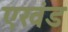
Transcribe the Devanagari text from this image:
एखंड